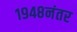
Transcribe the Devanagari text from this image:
१९४८नंतर